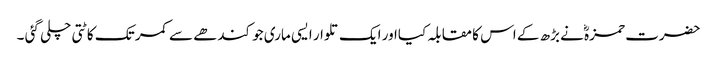
حضرت حمزہؓ نے بڑھ کے اس کا مقابلہ کیااور ایک تلوار ایسی ماری جو کندھے سے کمر تک کاٹتی چلی گئی ۔